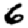
Digit: 6